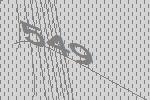
549